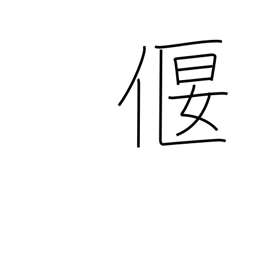
Meaning: weir